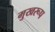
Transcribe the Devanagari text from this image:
मुखरूप